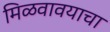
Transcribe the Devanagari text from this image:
मिळवावयाचा